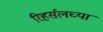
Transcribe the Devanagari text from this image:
रिहर्सलच्या